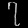
Digit: ၇